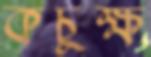
কচুক্ষ